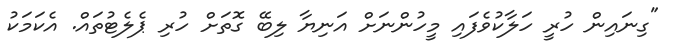
"ގިނައިން ހުރީ ހަލާކުވެފައި މީހުންނަށް އަނިޔާ ލިބޭ ގޮތަށް ހުރި ޕެލެޓުތައް. އެކަމަކު